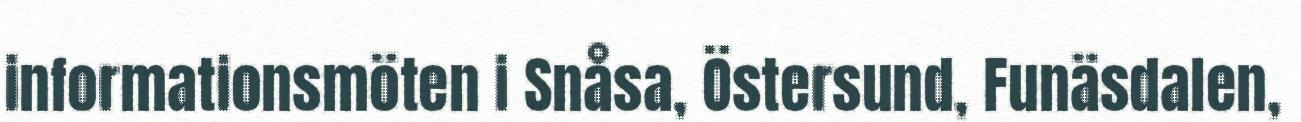
informationsmöten i Snåsa, Östersund, Funäsdalen,